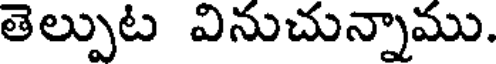
తెల్పుట వినుచున్నాము.